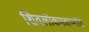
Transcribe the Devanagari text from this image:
शिवलोकमवाप्नोति